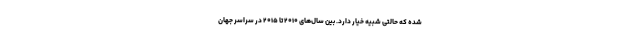
شده که حالتی شبیه خیار دارد. بین سال‌های ۲۰۱۰ تا ۲۰۱۵ در سراسر جهان